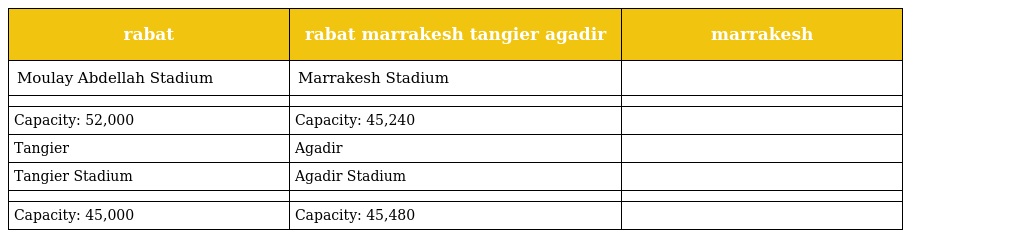
| rabat | rabat marrakesh tangier agadir | marrakesh |
 | --- | --- | --- |
 | Moulay Abdellah Stadium | Marrakesh Stadium |  |
 |  |  |  |
 | Capacity: 52,000 | Capacity: 45,240 |  |
 | Tangier | Agadir |  |
 | Tangier Stadium | Agadir Stadium |  |
 |  |  |  |
 | Capacity: 45,000 | Capacity: 45,480 |  |